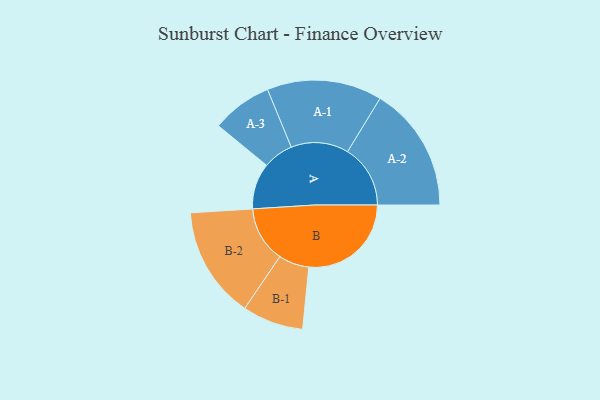
{"axis": {"x": "Segment", "y": "Value"}, "legend": ["", "A", "B"], "data": [{"x": "A", "y": 167, "type": ""}, {"x": "B", "y": 372, "type": ""}, {"x": "A-1", "y": 209, "type": "A"}, {"x": "A-2", "y": 228, "type": "A"}, {"x": "A-3", "y": 110, "type": "A"}, {"x": "B-1", "y": 111, "type": "B"}, {"x": "B-2", "y": 203, "type": "B"}]}